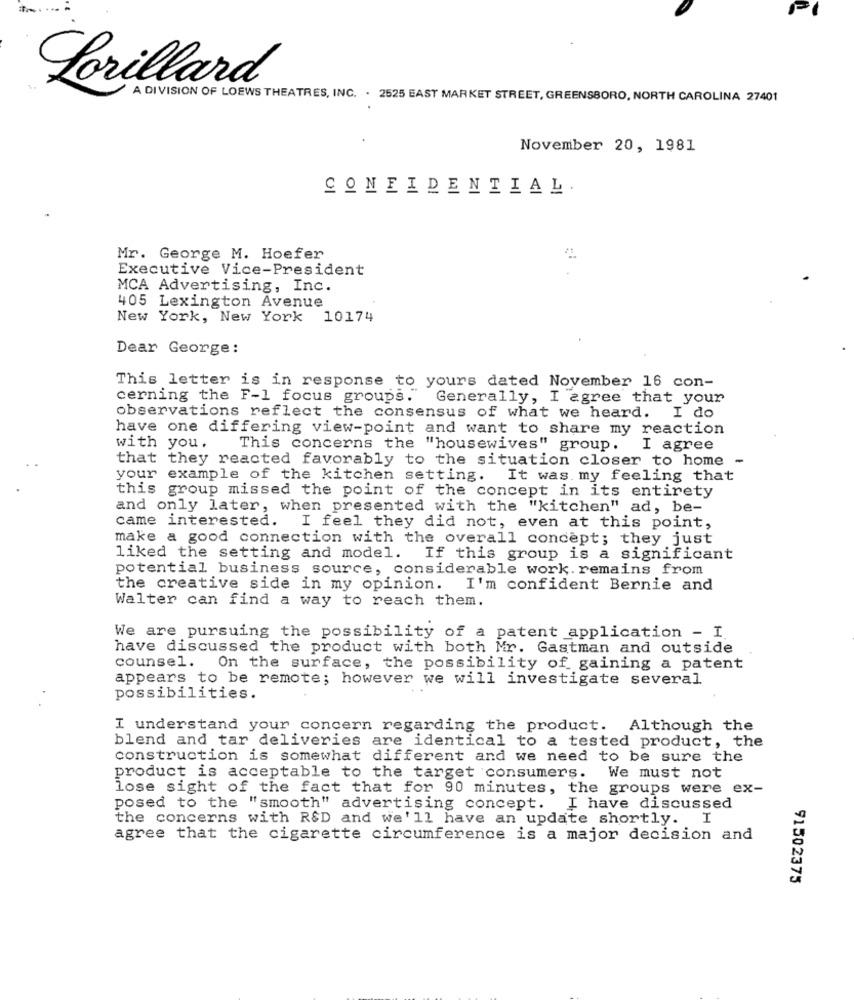
Lorillard
A DIVISION OF LOEWS THEATRES, INC. . 2525 EAST MARKET STREET, GREENSBORO, NORTH CAROLINA 27401
November 20, 1981
CONFIDENTIAL.
Mr. George M. Hoefer
Executive Vice-President
MCA Advertising, Inc.
405 Lexington Avenue
New York, New York 10174
Dear George:
This letter is in response to yours dated November 16 con-
cerning the F-1 focus groups. Generally, I agree that your
observations reflect the consensus of what we heard. I do
have one differing view-point and want to share my reaction
with you.
This concerns the "housewives" group.
I agree
that they reacted favorably to the situation closer to home -
your
example of the kitchen setting. It was. my feeling that
this group missed the point of the concept in its entirety
and only later, when presented with the "kitchen" ad, be-
came interested.
I feel they did not, even at this point,
make a good connection with the overall concept; they just
liked the setting and model. If this group is a significant
potential business source, considerable work. remains from
the creative side in my opinion. I'm confident Bernie and
Walter can find a way to reach them.
We are pursuing the possibility of a patent application - I
have discussed the product with both Mr. Gastman and outside
counsel. On the surface, the possibility of gaining a patent
appears to be remote; however we will investigate several
possibilities.
I understand your concern regarding the product.
Although the
blend and tar deliveries are identical to a tested product, the
construction is somewhat different and we need to be sure the
product is acceptable to the target consumers. We must not
lose sight of the fact that for 90 minutes, the groups were ex-
posed to the "smooth" advertising concept. I have discussed
the concerns with R&D and we'll have an update shortly. I
agree that the cigarette circumference is a major decision and
91502375